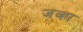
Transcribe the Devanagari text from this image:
जव्हा